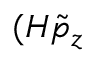
( H \tilde { p } _ { z }